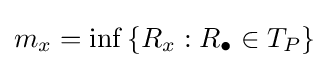
m_{x}=\inf \left\{R_{x}:R_{\bullet }\in T_{P}\right\}